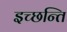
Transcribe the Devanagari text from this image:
इच्छन्ति